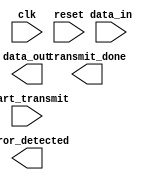
module timing_control_and_synchronization(
  input wire clk,
  input wire reset,
  input wire start_transmit,
  input wire data_in,
  output wire data_out,
  output wire transmit_done,
  output wire error_detected
);

  reg [7:0] packet_data;
  reg [3:0] retransmission_timer;
  reg collision_detected;

  // Clock generation module
  always @(posedge clk or posedge reset) begin
    // Code for clock generation module
  end

  // Data synchronization module
  always @(posedge clk or posedge reset) begin
    // Code for data synchronization module
  end

  // Signal timing alignment module
  always @(posedge clk or posedge reset) begin
    // Code for signal timing alignment module
  end

  // Timing control block for packet flow
  always @(posedge clk or posedge reset) begin
    if (reset) begin
      packet_data <= 8'h00;
      retransmission_timer <= 4'b0000;
      collision_detected <= 1'b0;
    end else begin
      if (start_transmit) begin
        // Code for packet transmission rates
        // Code for retransmission timers
        // Code for collision detection
      end
    end
  end

  // Synchronization block for data transfer
  always @(posedge clk or posedge reset) begin
    // Code for data transfer synchronization
  end

  // Error checking mechanism
  always @(posedge clk or posedge reset) begin
    // Code for error checking mechanism
  end

endmodule